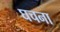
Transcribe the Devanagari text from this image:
घचना